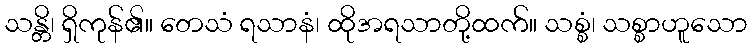
သန္တိ၊ ရှိကုန်၏။ တေသံ ရသာနံ၊ ထိုအရသာတို့ထက်။ သစ္စံ၊ သစ္စာဟူသော